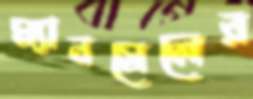
ম্যানসেলের